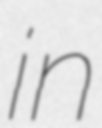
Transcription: in